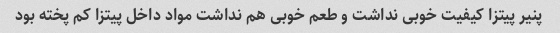
پنیر پیتزا کیفیت خوبی نداشت و طعم خوبی هم نداشت مواد داخل پیتزا کم پخته بود